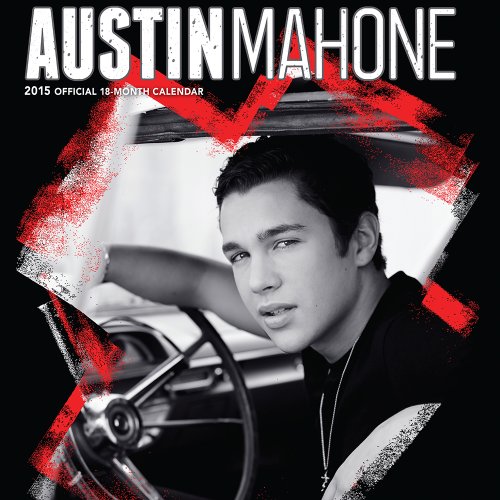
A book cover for Austin Mahone 2015 Square 12x12 (Multilingual Edition); BrownTrout; Calendars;